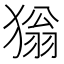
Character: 㺋